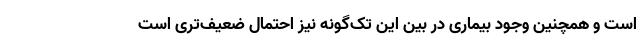
است و همچنین وجود بیماری در بین این تک‌گونه نیز احتمال ضعیف‌تری است